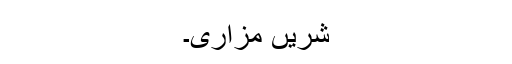
شریں مزاری۔